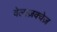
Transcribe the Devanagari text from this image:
वेलाज़क्वेज़